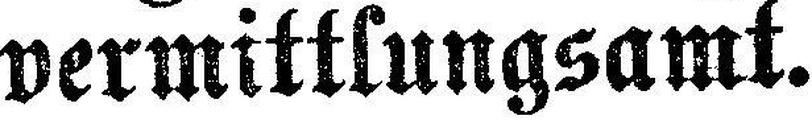
vermittlungsamt.